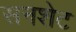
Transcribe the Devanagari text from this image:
सनशेट